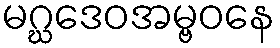
မဂ္ဃဒေဝအမ္ဗဝနေ